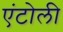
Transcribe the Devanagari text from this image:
एंटोली